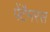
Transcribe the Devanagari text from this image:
पेंटैमरस